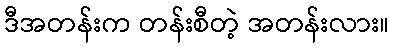
ဒီအတန်းက တန်းစီတဲ့ အတန်းလား။